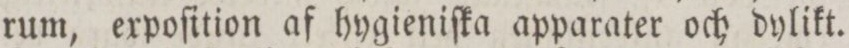
rum, expoſition af hygieniſka apparater och dylikt.